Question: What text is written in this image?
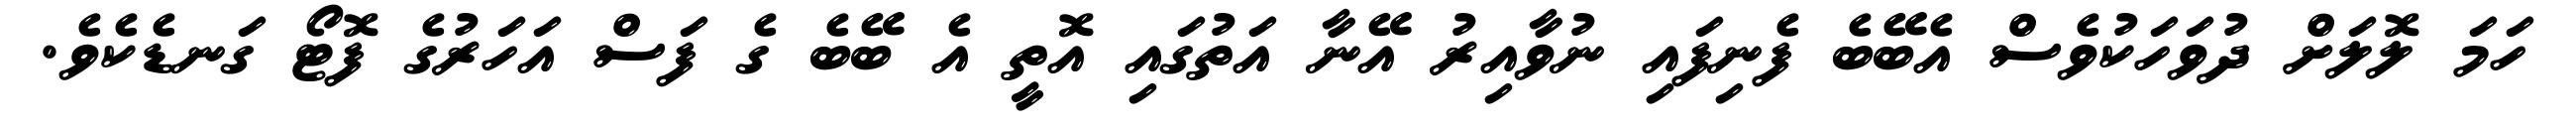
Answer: ހަމަ ލޮލަށް ދުވަހަކުވެސް އެބޭބެ ފެނިފައި ނުވާއިރު އޭނާ އަތުގައި އޮތީ އެ ބޭބެ ގެ ފަސް އަހަރުގެ ފޮޓޯ ގަނޑެކެވެ.